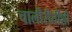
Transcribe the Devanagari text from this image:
चालीरीतींशी